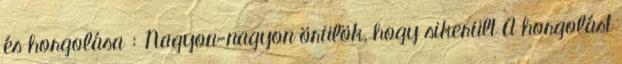
és horgolása : Nagyon-nagyon örülök, hogy sikerült A horgolást